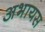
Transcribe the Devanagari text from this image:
अभायस